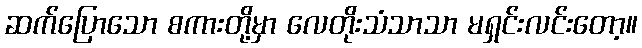
ဆက်ပြောသော စကားတို့မှာ လေတိုးသံသာသာ မရှင်းလင်းတော့။